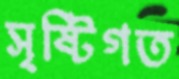
সৃষ্টিগত